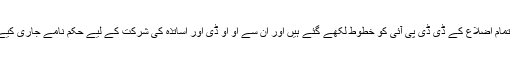
اس ضمن میں تمام اضلاع کے ڈی ڈی پی آئی کو خطوط لکھے گئے ہیں اور ان سے او او ڈی اور اساتذہ کی شرکت کے لیے حکم نامے جاری کیے جاچکے ہیں۔